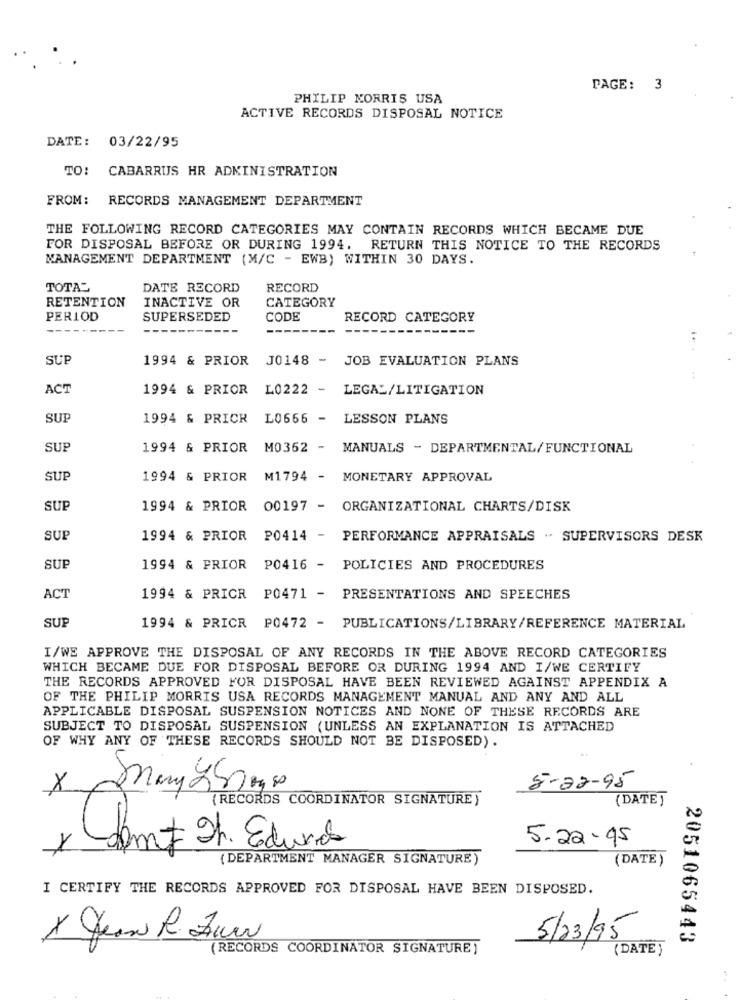
PAGE: 3
PHILIP MORRIS USA
ACTIVE RECORDS DISPOSAL NOTICE
DATE: 03/22/95
TO:
CABARRUS HR ADMINISTRATION
FROM: RECORDS MANAGEMENT DEPARTMENT
THE FOLLOWING RECORD CATEGORIES MAY CONTAIN RECORDS WHICH BECAME DUE
FOR DISPOSAL BEFORE OR DURING 1994. RETURN THIS NOTICE TO THE RECORDS
MANAGEMENT DEPARTMENT (M/C - EWB) WITHIN 30 DAYS.
TOTAL
DATE RECORD
RECORD
RETENTION
INACTIVE OR
CATEGORY
PERIOD
SUPERSEDED
CODE
RECORD CATEGORY
---
SUP
1994 & PRIOR J0148 -
JOB EVALUATION PLANS
ACT
1994 & PRIOR
L0222 -
LEGAL/LITIGATION
SUP
1994 & PRICR
L0666 -
LESSON PLANS
SUP
1994 & PRIOR
M0362 - MANUALS - DEPARTMENTAL/FUNCTIONAL
SUP
1994 & PRIOR
M1794 - MONETARY APPROVAL
SUP
1994 & PRIOR 00197 - ORGANIZATIONAL CHARTS/DISK
SUP
1994 & PRIOR
P0414 -
PERFORMANCE APPRAISALS " SUPERVISORS DESK
SUP
1994 & FRIOR P0416 - POLICIES AND PROCEDURES
ACT
1994 & PRICR P0471 - PRESENTATIONS AND SPEECHES
SUE
1994 & PRICR P0472 - PUBLICATIONS/LIBRARY/REFERENCE MATERIAL
I/WE APPROVE THE DISPOSAL OF ANY RECORDS IN THE ABOVE RECORD CATEGORIES
WHICH BECAME DUE FOR DISPOSAL BEFORE OR DURING 1994 AND I/WE CERTIFY
THE RECORDS APPROVED FOR DISPOSAL HAVE BEEN REVIEWED AGAINST APPENDIX A
OF THE PHILIP MORRIS USA RECORDS MANAGEMENT MANUAL AND ANY AND ALL
APPLICABLE DISPOSAL SUSPENSION NOTICES AND NONE OF THESE RECORDS ARE
SUBJECT TO DISPOSAL SUSPENSION (UNLESS AN EXPLANATION IS ATTACHED
OF WHY ANY OF THESE RECORDS SHOULD NOT BE DISPOSED).
5-22-95
X
May 20099
(RECORDS COORDINATOR SIGNATURE)
(DATE]
5-22- 95
(DEPARTMENT MANAGER SIGNATURE)
(DATE)
I CERTIFY THE RECORDS APPROVED FOR DISPOSAL HAVE BEEN DISPOSED.
X Jean R. Zum
5/23/95
2051065443
(RECORDS COORDINATOR SIGNATURE )
(DATE )